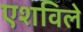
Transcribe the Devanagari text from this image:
एशविले